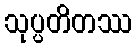
သုပ္ပတိတဿ